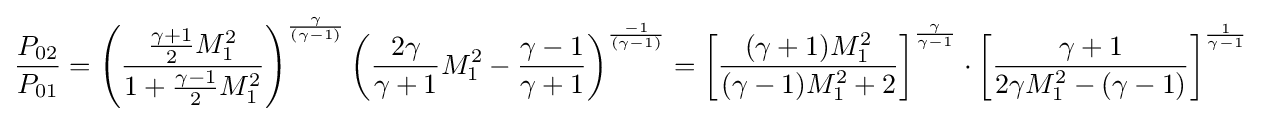
{\frac {P_{02}}{P_{01}}}=\left({\frac {{\frac {\gamma +1}{2}}M_{1}^{2}}{1+{\frac {\gamma -1}{2}}M_{1}^{2}}}\right)^{\frac {\gamma }{\left(\gamma -1\right)}}\left({\frac {2\gamma }{\gamma +1}}M_{1}^{2}-{\frac {\gamma -1}{\gamma +1}}\right)^{\frac {-1}{\left(\gamma -1\right)}}=\left[{\frac {(\gamma +1)M_{1}^{2}}{(\gamma -1)M_{1}^{2}+2}}\right]^{\frac {\gamma }{\gamma -1}}\cdot \left[{\frac {\gamma +1}{2\gamma M_{1}^{2}-(\gamma -1)}}\right]^{\frac {1}{\gamma -1}}